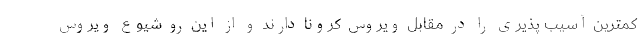
کمترین آسیب پذیری را در مقابل ویروس کرونا دارند و از این رو شیوع ویروس